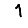
Digit: 1